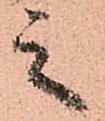
之